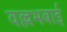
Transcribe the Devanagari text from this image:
वल्लभबाई